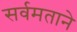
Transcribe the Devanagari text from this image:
सर्वमताने